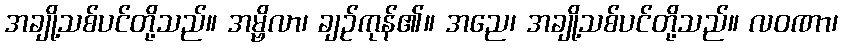
အချို့သစ်ပင်တို့သည်။ အမ္ဗိလာ၊ ချဉ်ကုန်၏။ အညေ၊ အချို့သစ်ပင်တို့သည်။ လဝဏာ၊